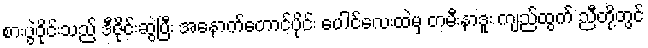
စားပွဲဝိုင်းသည် ဒီဇိုင်းဆွဲပြီး အနောက်တောင်ပိုင်း ပေါင်လေးထဲမှ တမီးနာဒူး ကျည်ထွက် ညီတို့တွင်